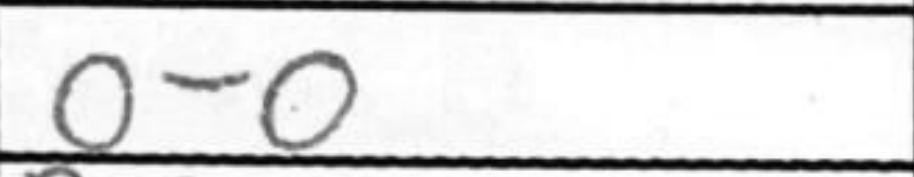
Transcription: O-O